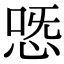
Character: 𢙸